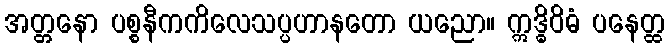
အတ္တနော ပစ္စနီကကိလေသပ္ပဟာနတော ယညော။ ဣဒ္ဓိဝိဓံ ပနေတ္ထ